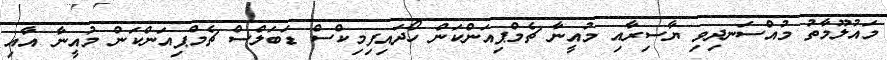
މައުލޫމާތު މުއްސަނދިވި ޔާސިރާއި މުއީނާ ޗެމްޕިއަންކަން ހޯދައިފިމިކްސް ޑަބަލްސް ޗެމްޕިއަންކަން މުއީނާ އާއި